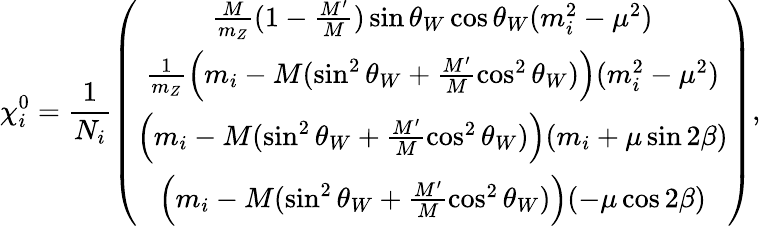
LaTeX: \chi_{i}^{0}=\frac{1}{N_{i}}\left(\begin{array}{c}{{\frac{M}{m_{Z}}(1-\frac{M^{\prime}}{M})\sin\theta_{W}\cos\theta_{W}(m_{i}^{2}-\mu^{2})}}\\ {{\frac{1}{m_{Z}}\left(m_{i}-M(\sin^{2}\theta_{W}+\frac{M^{\prime}}{M}\cos^{2}\theta_{W})\right)(m_{i}^{2}-\mu^{2})}}\\ {{\left(m_{i}-M(\sin^{2}\theta_{W}+\frac{M^{\prime}}{M}\cos^{2}\theta_{W})\right)(m_{i}+\mu\sin 2\beta)}}\\ {{\left(m_{i}-M(\sin^{2}\theta_{W}+\frac{M^{\prime}}{M}\cos^{2}\theta_{W})\right)(-\mu\cos 2\beta)}}\end{array}\right),